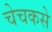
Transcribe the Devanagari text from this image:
चेचकसे